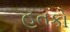
હતકો